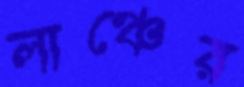
লাঞ্চের